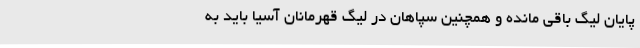
پایان لیگ باقی مانده و همچنین سپاهان در لیگ قهرمانان آسیا باید به